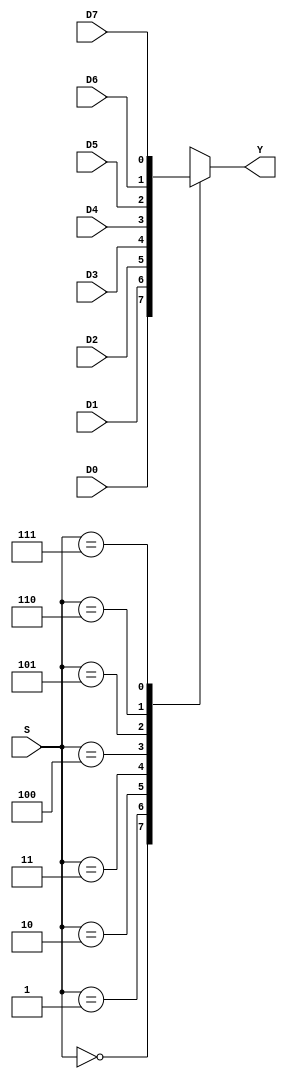
 module mux8_1_case(input D0,D1,D2,D3,D4,D5,D6,D7, input [2:0]S,output reg Y);
   always @ (*)
    begin
      case (S)
        3'b000 : Y = D0;
 	3'b001 : Y = D1;
 	3'b010 : Y = D2;
 	3'b011 : Y = D3;
 	3'b100 : Y = D4;
 	3'b101 : Y = D5;
 	3'b110 : Y = D6;
 	3'b111 : Y = D7;
 	default : Y = 1'b0;
      endcase
    end
 endmodule